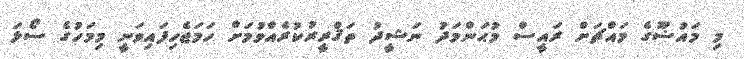
މި މައުޟޫގެ މައްޗަށް ރައީސް މުޙަންމަދު ނަޝީދު ތަޤްރީރުކުރެއްވުމަށް ހަމަޖެހިފައިވަނީ މިމަހުގެ ސޯޅަ